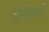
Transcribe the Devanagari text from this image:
जमैकाची